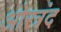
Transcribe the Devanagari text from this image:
ओरत्रंद